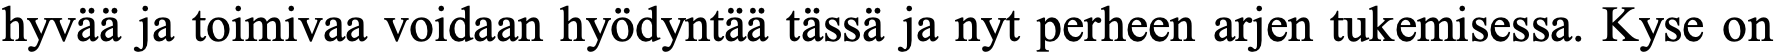
hyvää ja toimivaa voidaan hyödyntää tässä ja nyt perheen arjen tukemisessa. Kyse on